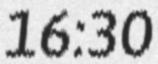
16:30